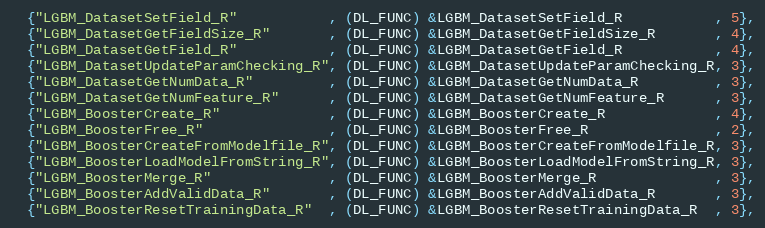
Language: C++
  {"LGBM_DatasetSetField_R"           , (DL_FUNC) &LGBM_DatasetSetField_R           , 5},
  {"LGBM_DatasetGetFieldSize_R"       , (DL_FUNC) &LGBM_DatasetGetFieldSize_R       , 4},
  {"LGBM_DatasetGetField_R"           , (DL_FUNC) &LGBM_DatasetGetField_R           , 4},
  {"LGBM_DatasetUpdateParamChecking_R", (DL_FUNC) &LGBM_DatasetUpdateParamChecking_R, 3},
  {"LGBM_DatasetGetNumData_R"         , (DL_FUNC) &LGBM_DatasetGetNumData_R         , 3},
  {"LGBM_DatasetGetNumFeature_R"      , (DL_FUNC) &LGBM_DatasetGetNumFeature_R      , 3},
  {"LGBM_BoosterCreate_R"             , (DL_FUNC) &LGBM_BoosterCreate_R             , 4},
  {"LGBM_BoosterFree_R"               , (DL_FUNC) &LGBM_BoosterFree_R               , 2},
  {"LGBM_BoosterCreateFromModelfile_R", (DL_FUNC) &LGBM_BoosterCreateFromModelfile_R, 3},
  {"LGBM_BoosterLoadModelFromString_R", (DL_FUNC) &LGBM_BoosterLoadModelFromString_R, 3},
  {"LGBM_BoosterMerge_R"              , (DL_FUNC) &LGBM_BoosterMerge_R              , 3},
  {"LGBM_BoosterAddValidData_R"       , (DL_FUNC) &LGBM_BoosterAddValidData_R       , 3},
  {"LGBM_BoosterResetTrainingData_R"  , (DL_FUNC) &LGBM_BoosterResetTrainingData_R  , 3},